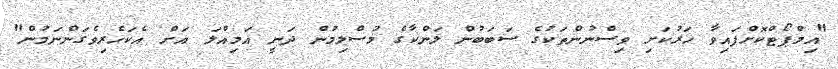
"އިމްޕޯޓްކޮށްފައިވާ ހަރުކަށި ވިސްނުންތަކުގެ ސަބަބުން ލަންކާގެ މުސްލިމުން ދަނީ އަމިއްލަ އަށް އެކަހެރިވެގަންނަމުން"